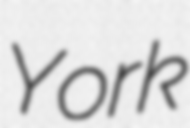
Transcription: York